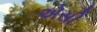
એસી